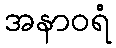
အနာဝရံ